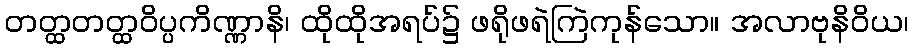
တတ္ထတတ္ထဝိပ္ပကိဏ္ဏာနိ၊ ထိုထိုအရပ်၌ ဖရိုဖရဲကြဲကုန်သော။ အလာဗုနိဝိယ၊